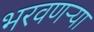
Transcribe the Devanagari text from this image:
भरवणऱ्या